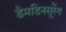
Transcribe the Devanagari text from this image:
डैमडिनसूरेंग